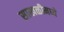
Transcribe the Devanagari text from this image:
साखळीमध्ये